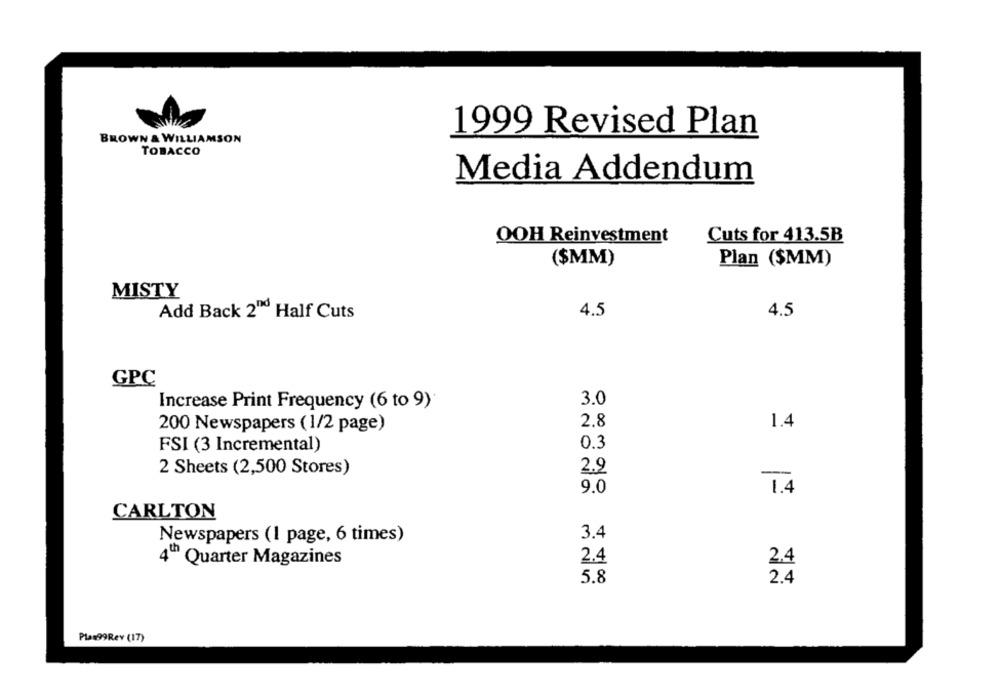
1999 Revised Plan
BROWN & WILLIAMSON
TOBACCO
Media Addendum
OOH Reinvestment
Cuts for 413.5B
($MM)
Plan ($MM)
MISTY
4.5
Add Back 2" Half Cuts
4.5
GPC
3.0
Increase Print Frequency (6 to 9)
2.8
1.4
200 Newspapers (1/2 page)
0.3
FSI (3 Incremental)
2 Sheets (2,500 Stores)
2.9
9.0
1.4
CARLTON
3.4
Newspapers (1 page, 6 times)
4" Quarter Magazines
2.4
2.4
5.8
2.4
Plas99Rev (17)